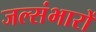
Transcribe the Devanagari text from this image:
जल्संभारों